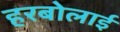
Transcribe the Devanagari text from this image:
हरबोलाई